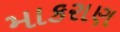
માકરાણ